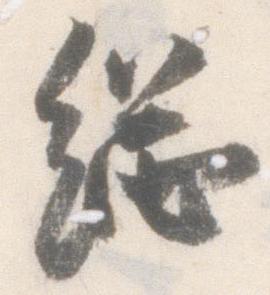
総